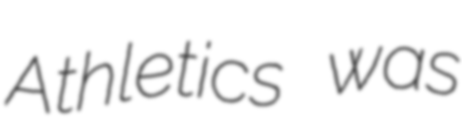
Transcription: Athletics was